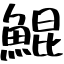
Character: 鯤